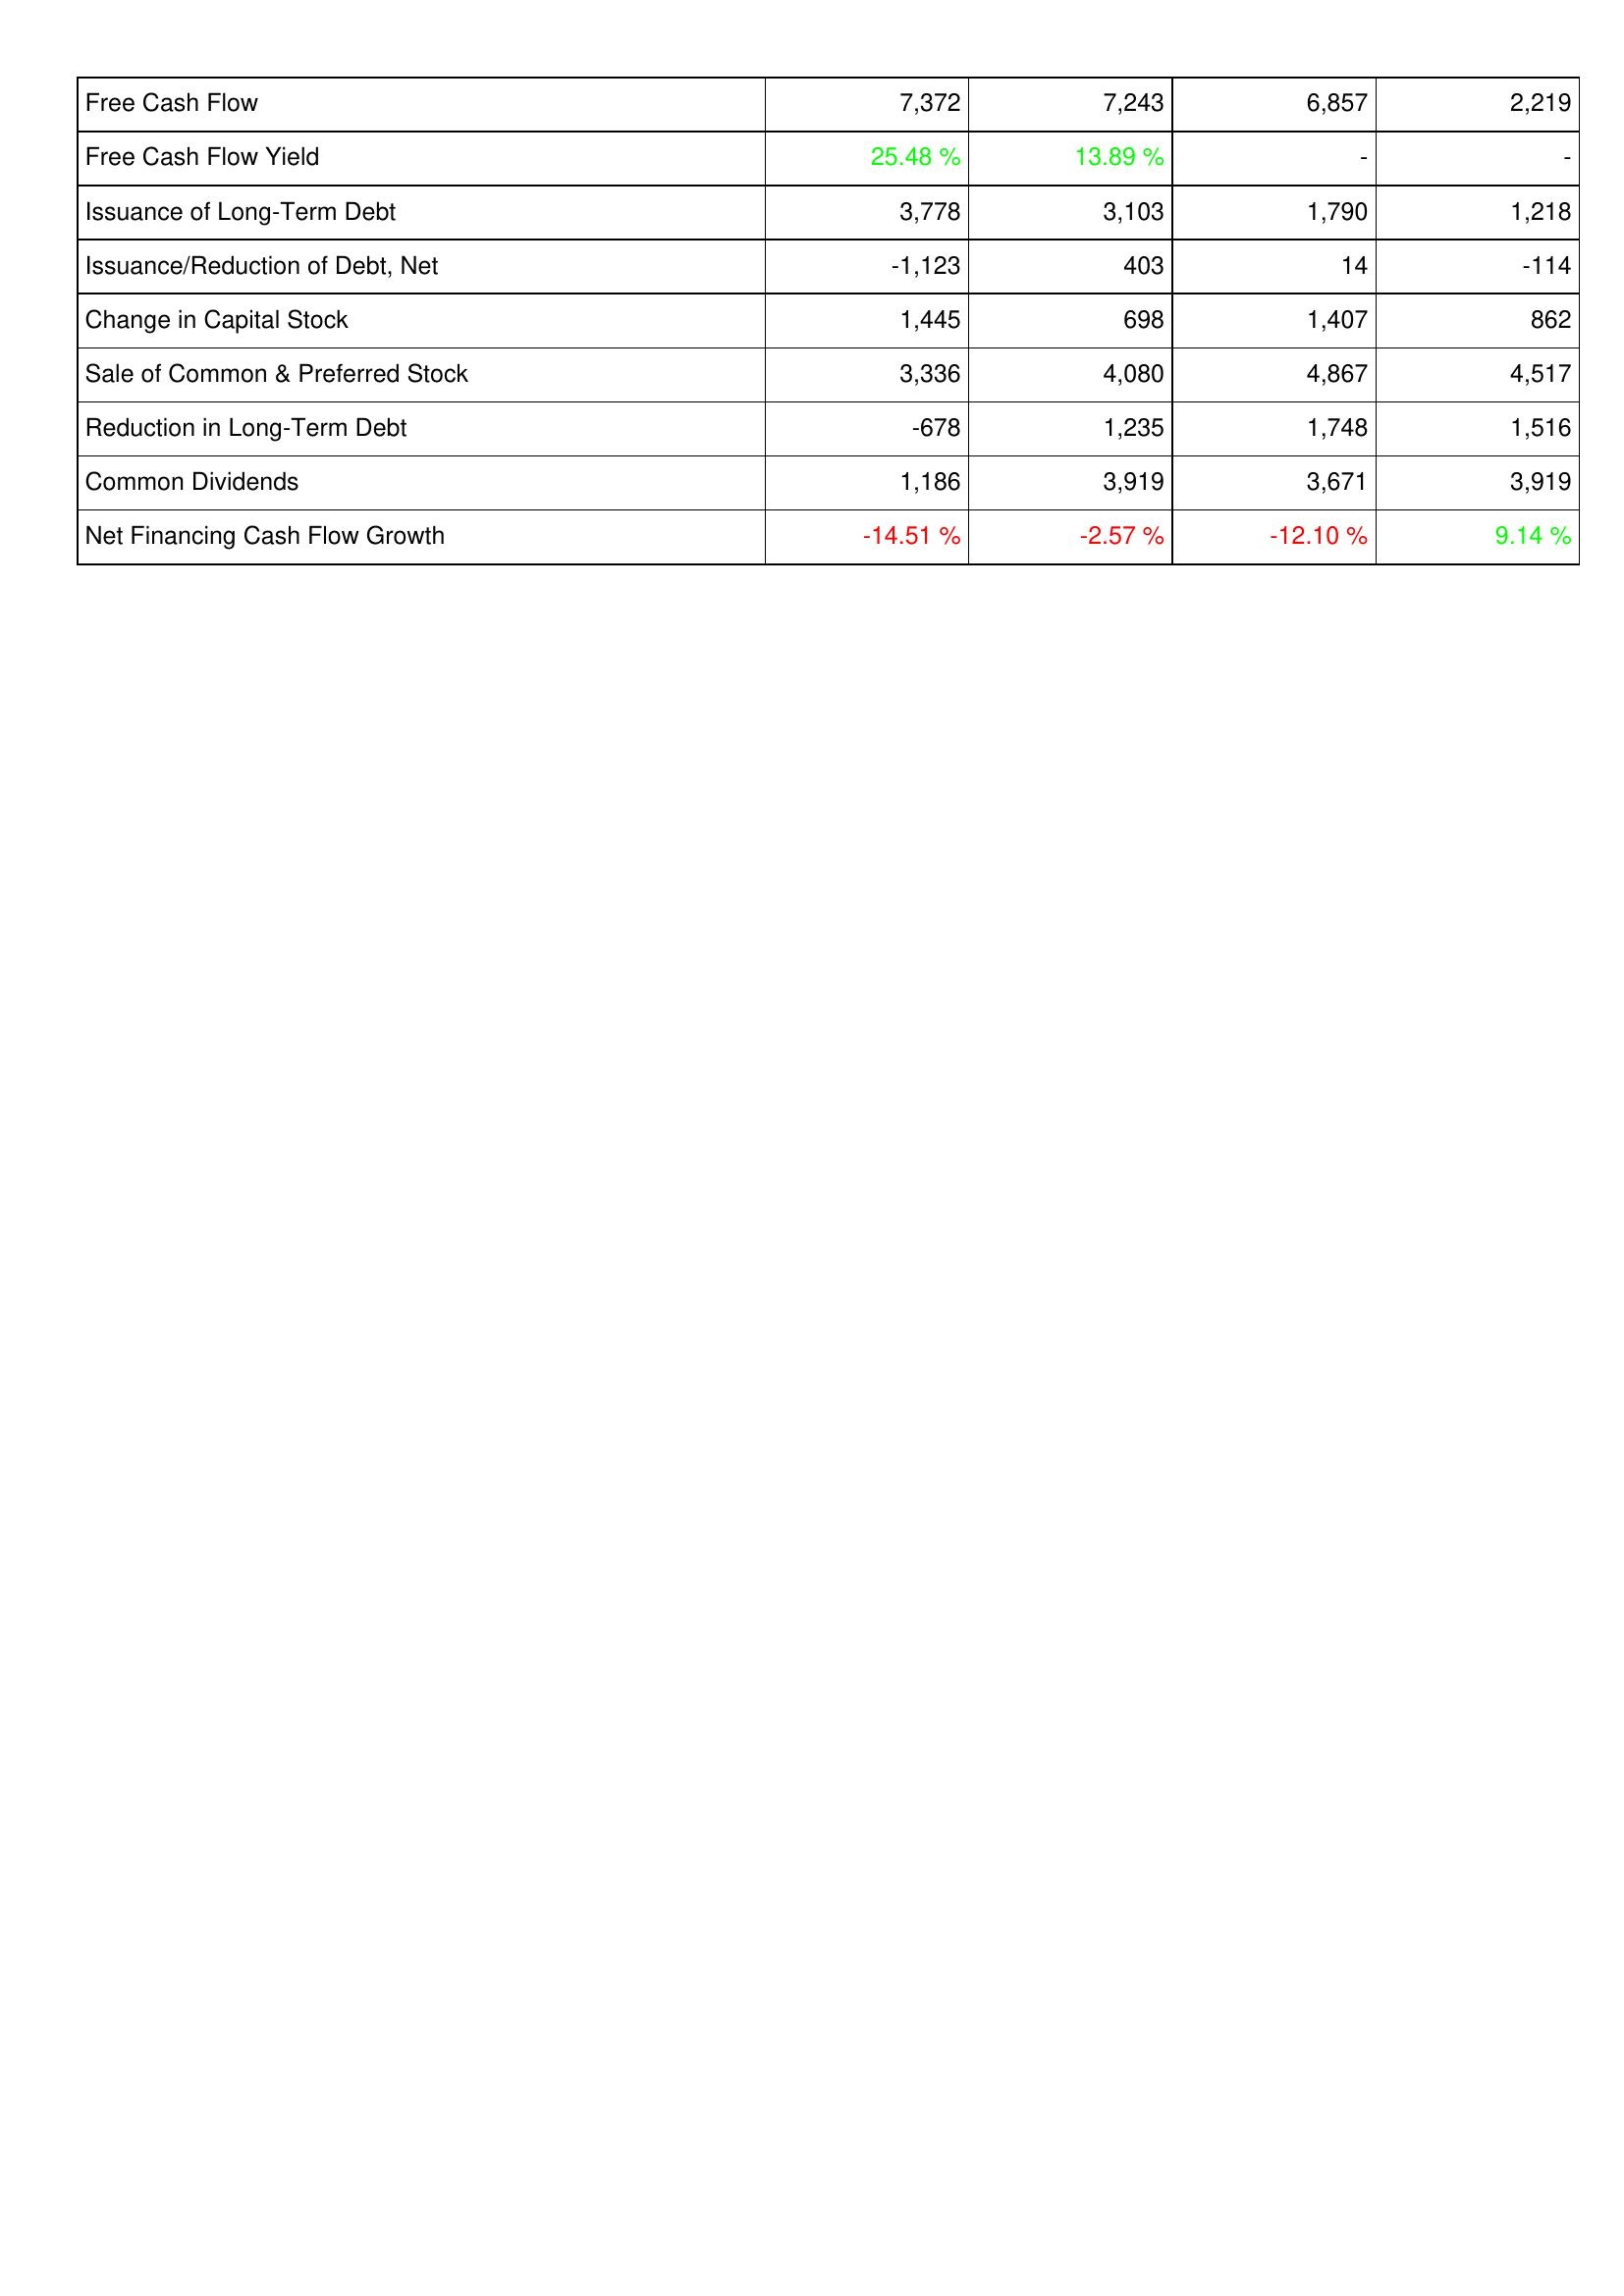
2023: Financing Activities: Free Cash Flow: 7,372
Free Cash Flow Yield: 25.48 %
Issuance of Long-Term Debt: 3,778
Issuance/Reduction of Debt, Net: -1,123
Change in Capital Stock: 1,445
Sale of Common & Preferred Stock: 3,336
Reduction in Long-Term Debt: -678
Common Dividends: 1,186
Net Financing Cash Flow Growth: -14.51 %
2022: Financing Activities: Free Cash Flow: 7,243
Free Cash Flow Yield: 13.89 %
Issuance of Long-Term Debt: 3,103
Issuance/Reduction of Debt, Net: 403
Change in Capital Stock: 698
Sale of Common & Preferred Stock: 4,080
Reduction in Long-Term Debt: 1,235
Common Dividends: 3,919
Net Financing Cash Flow Growth: -2.57 %
2021: Financing Activities: Free Cash Flow: 6,857
Free Cash Flow Yield: -
Issuance of Long-Term Debt: 1,790
Issuance/Reduction of Debt, Net: 14
Change in Capital Stock: 1,407
Sale of Common & Preferred Stock: 4,867
Reduction in Long-Term Debt: 1,748
Common Dividends: 3,671
Net Financing Cash Flow Growth: -12.10 %
2020: Financing Activities: Free Cash Flow: 2,219
Free Cash Flow Yield: -
Issuance of Long-Term Debt: 1,218
Issuance/Reduction of Debt, Net: -114
Change in Capital Stock: 862
Sale of Common & Preferred Stock: 4,517
Reduction in Long-Term Debt: 1,516
Common Dividends: 3,919
Net Financing Cash Flow Growth: 9.14 %